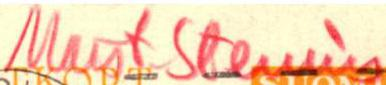
Maist Stenius